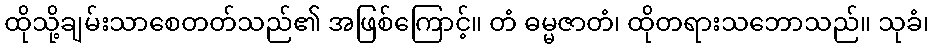
ထိုသို့ချမ်းသာစေတတ်သည်၏ အဖြစ်ကြောင့်။ တံ ဓမ္မဇာတံ၊ ထိုတရားသဘောသည်။ သုခံ၊